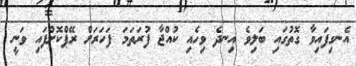
އެނގިފައިވާ ގޮތުގައި ބަލިވެ އިނދެ ވިހެއި ކުއްޖާ ފުރަތަމަ ފަހަރަށް ރޭޕްކޮށްފައި ވަނީ